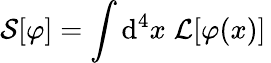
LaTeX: {\mathcal{S}}[\varphi]=\int\mathrm{d}^{4}x\; {{\mathcal{L}}[\varphi(x)]\, }